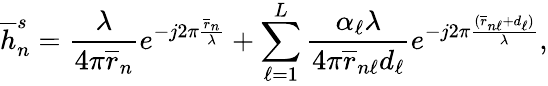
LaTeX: {\overline{{h}}_{n}^{s}}=\frac{\lambda}{4\pi\overline{{r}}_{n}}e^{-j2\pi\frac{\overline{{r}}_{n}}{\lambda}}+\sum_{\ell=1}^{L}\frac{\alpha_{\ell}\lambda}{4\pi\overline{{r}}_{n\ell}d_{\ell}}e^{-j2\pi\frac{(\overline{{r}}_{n\ell}+d_{\ell})}{\lambda}},